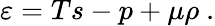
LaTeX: \varepsilon=Ts-p+\mu\rho\ .